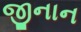
જીનાન